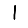
Digit: 1